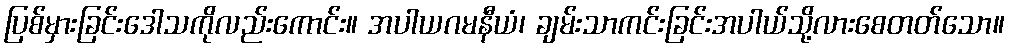
ပြစ်မှားခြင်းဒေါသကိုလည်းကောင်း။ အပါယဂမနီယံ၊ ချမ်းသာကင်းခြင်းအပါယ်သို့လားစေတတ်သော။